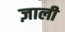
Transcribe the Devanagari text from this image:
ज़ाली